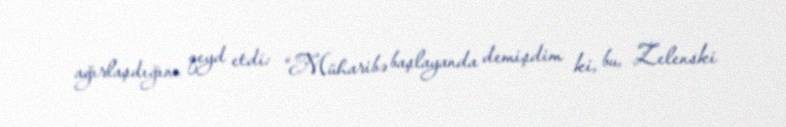
ağırlaşdığını qeyd etdi: “Müharibə başlayanda demişdim ki, bu, Zelenski